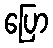
ပြော